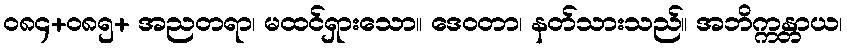
ဝ၈၄+၀၈၅+ အညတရာ၊ မထင်ရှားသော။ ဒေဝတာ၊ နတ်သားသည်။ အဘိက္ကန္တာယ၊